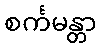
စင်္ကမန္တာ